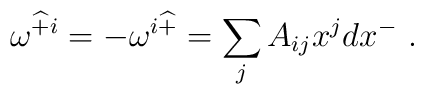
\omega^{\widehat{+}i} = -\omega^{i\widehat{+}} = \sum_j A_{ij} x^j  dx^-~.